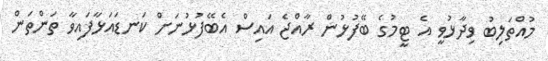
މުއްތަލިބު ވިދާޅުވީ އެ ޓީމުގެ ބޭފުޅުން ރާއްޖެ އައިސް އެބޭފުޅުނަށް ކަނޑައަޅާފައިވާ ތަންތަން